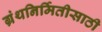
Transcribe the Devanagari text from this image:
ग्रंथनिर्मितीसाठी